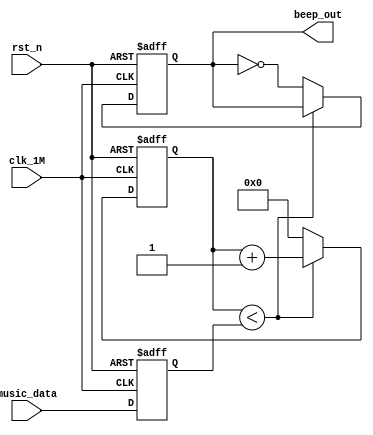
module music_gen (
	input clk_1M,    // Clock
	input [11:0]music_data,
	input rst_n,  // Asynchronous reset active low
	output beep_out
);

	reg [11:0]music_data_r;


	always@(posedge clk_1M or negedge rst_n)
	begin
		if(!rst_n)
			music_data_r	<=	11'd0;			//寄存器复位
		else
			music_data_r	<=	music_data;		//寄存音乐控制字
	end

// parameter [31:0]delay_end = ;
reg [31:0]delay_cnt;


//1Mhz 下产生beep_out的不同计数反转，实现两个不同的频率交替输出
	always @(posedge clk_1M or negedge rst_n) 
	begin : proc_2
		if(~rst_n) begin
			delay_cnt <= 0;
			beep_out <= 0;
		end else begin
			if(delay_cnt < music_data_r) begin
				delay_cnt <= delay_cnt + 1;
			end
			else
				begin
					beep_out <= ~beep_out;
					delay_cnt <= 0;
				end
		end
	end


endmodule